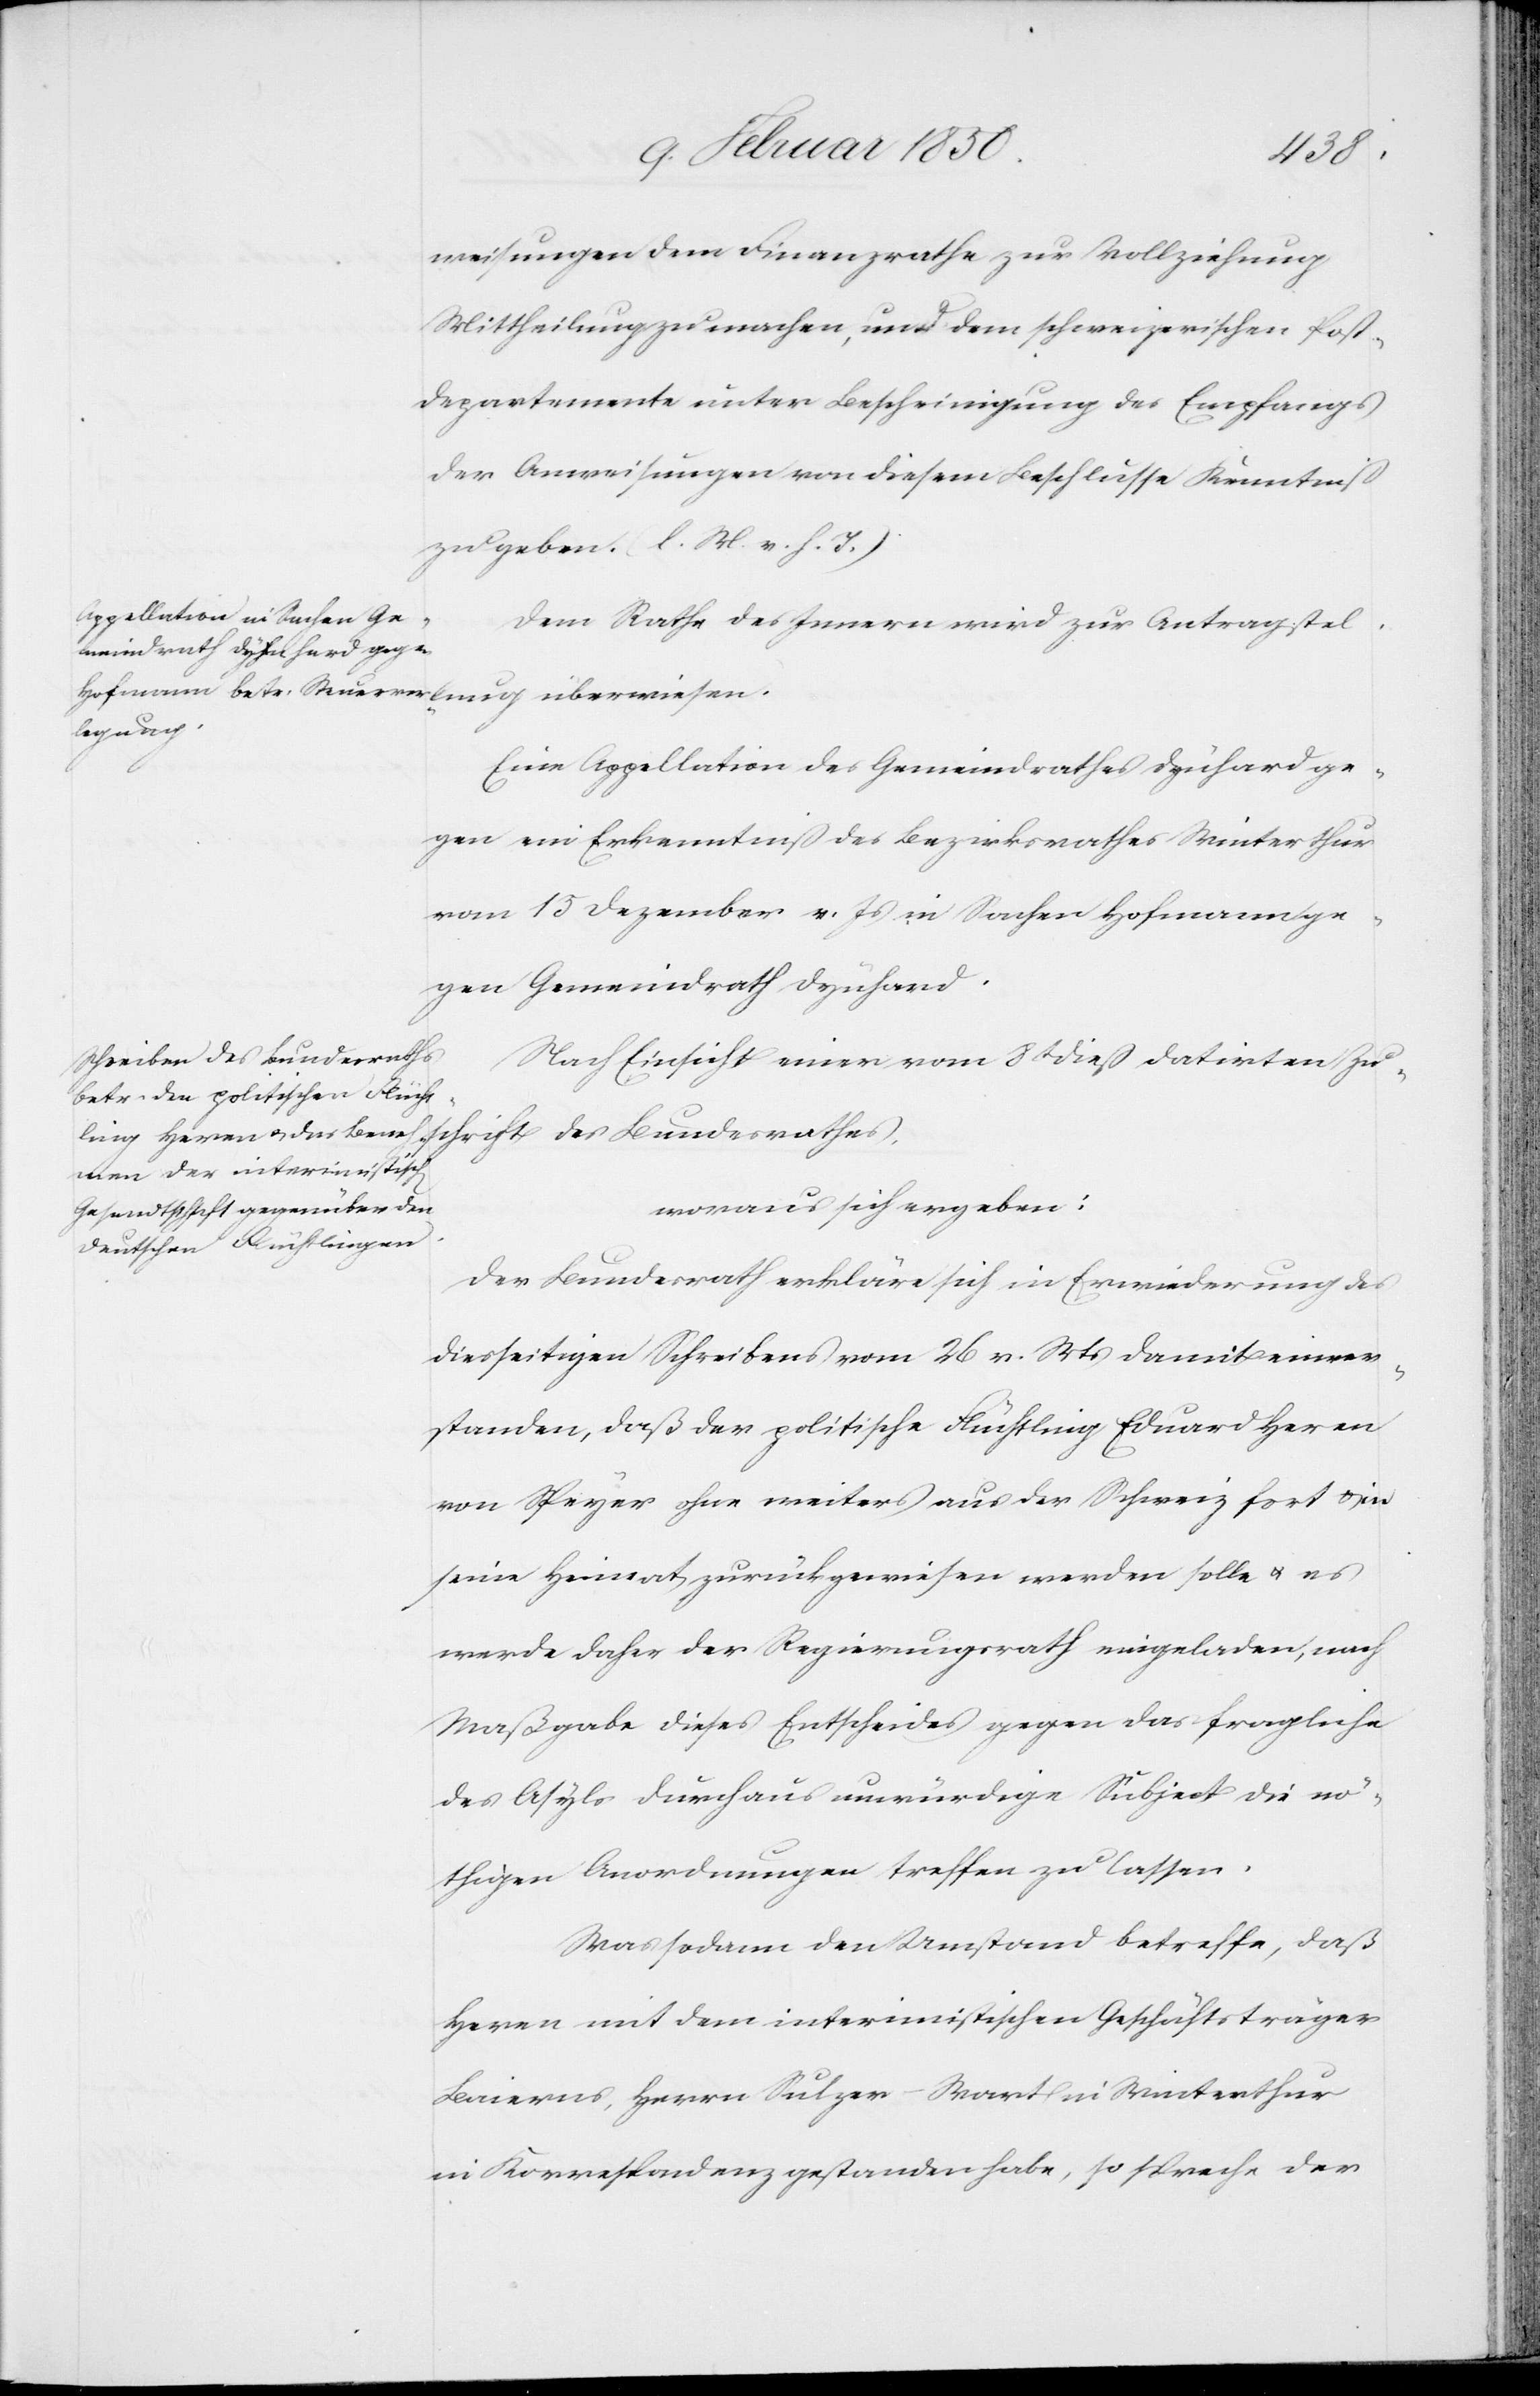
11
weisungen dem Finanzrathe zur Vollziehung
Mittheilung zu machen, und dem schweizerischen Post¬
departemente unter Bescheinigung des Empfangs
der Anweisungen von diesem Beschlusse Kenntniß
zu geben. (l. M. v. h. T.)
Dem Rathe des Innern wird zur Antragstel¬
lung
Eine Appellation des Gemeindrathes Dynhard ge¬
gen ein Erkenntniß des Bezirksrathes Winterthur
vom 15 Dezember v. Js in Sachen Hofmann ge¬
gen Gemeindrath Dynhard.
schrift des Bundesrathes,
Nach Einsicht einer vom 8t dieß datirten Zu¬
woraus sich ergeben:
Der Bundesrath erkläre sich in Erwiederung des
diesseitigen Schreibens vom 26 v. Ms damit einver¬
standen, daß der politische Flüchtling Eduard Heren
von Speyer ohne weiters aus der Schweiz fort u. in
seine Heimat zurückgewiesen werden solle u. es
werde daher der Regierungsrath eingeladen, nach
Maßgabe dieses Entscheides gegen das fragliche
des Asyls durchaus unwürdige Subject die nö¬
thigen Anwendungen treffen zu lassen.
Was sodann den Umstand betreffe, daß
Heren mit dem interimistischen Geschäftsträger
Baierns, Herrn Sulzer-Wart in Winterthur
in Korrespondenz gestanden habe, so spreche der